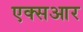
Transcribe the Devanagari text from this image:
एक्सआर